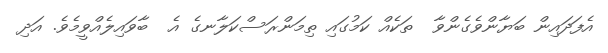
އެފަދައިން ބަޔާންވެގެންވާ  ތަކެއް ކަމުގައި ތިމަންރަސްކަލާނގެ އެ  ބާވައިލެއްވީމެވެ. އަދި